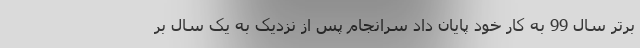
برتر سال 99 به کار خود پایان داد سرانجام پس از نزدیک به یک سال بر